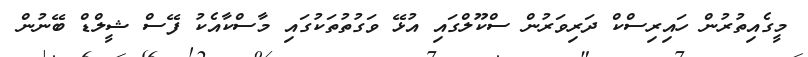
މީގެއިތުރުން ހައިރިސްކް ދަރިވަރުން ސްކޫލްގައި އުޅޭ ވަގުތުތަކުގައި މާސްކާއެކު ފޭސް ޝީލްޑް ބޭނުން